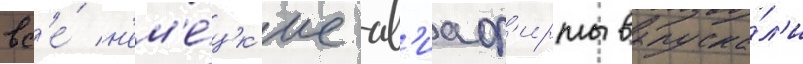
вс'е́ н'ем'е́цк'ие ав'иаф'ирмы выпуска́л'и